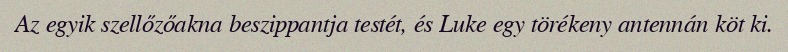
Az egyik szellőzőakna beszippantja testét, és Luke egy törékeny antennán köt ki.